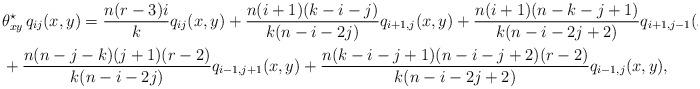
LaTeX: \begin{align*}&\theta^\star_{xy}\, q_{ij}(x,y)= \frac{n(r-3)i}{k} q_{ij}(x,y) + \frac{n(i+1)(k-i-j)}{k(n-i-2j)}q_{i+1,j}(x,y) +\frac{n(i+1)(n-k-j+1)}{k(n-i-2j+2)}q_{i+1,j-1}(x,y)\\ & +\frac{n(n-j-k)(j+1)(r-2)}{k(n-i-2j)}q_{i-1,j+1}(x,y)+\frac{n(k-i-j+1)(n-i-j+2)(r-2)}{k(n-i-2j+2)}q_{i-1,j}(x,y), \end{align*}